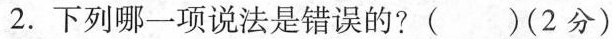
2.下列哪一项说法是错误的?()(2分)